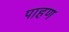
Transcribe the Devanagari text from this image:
पाहण